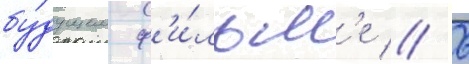
бу́дущем ф'и́льм'е // 6